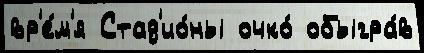
вр'е́м'я Стад'ио́ны очко́ обыгра́в